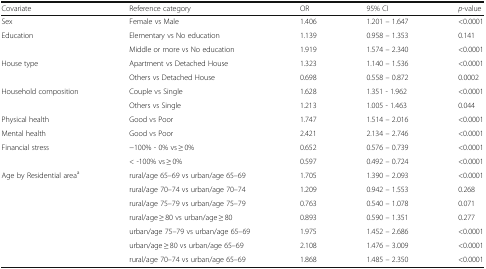
<table><thead><tr><td><b>Covariate</b></td><td><b>Reference category</b></td><td><b>OR</b></td><td><b>95% CI</b></td><td><b><i>p</i>-value</b></td></tr></thead><tbody><tr><td>Sex</td><td>Female vs Male</td><td>1.406</td><td>1.201 – 1.647</td><td>&lt;0.0001</td></tr><tr><td>Education</td><td>Elementary vs No education</td><td>1.139</td><td>0.958 – 1.353</td><td>0.141</td></tr><tr><td>[EMPTY_CELL]</td><td>Middle or more vs No education</td><td>1.919</td><td>1.574 – 2.340</td><td>&lt;0.0001</td></tr><tr><td>House type</td><td>Apartment vs Detached House</td><td>1.323</td><td>1.140 – 1.536</td><td>&lt;0.0001</td></tr><tr><td>[EMPTY_CELL]</td><td>Others vs Detached House</td><td>0.698</td><td>0.558 – 0.872</td><td>0.0002</td></tr><tr><td>Household composition</td><td>Couple vs Single</td><td>1.628</td><td>1.351 - 1.962</td><td>&lt;0.0001</td></tr><tr><td>[EMPTY_CELL]</td><td>Others vs Single</td><td>1.213</td><td>1.005 - 1.463</td><td>0.044</td></tr><tr><td>Physical health</td><td>Good vs Poor</td><td>1.747</td><td>1.514 – 2.016</td><td>&lt;0.0001</td></tr><tr><td>Mental health</td><td>Good vs Poor</td><td>2.421</td><td>2.134 – 2.746</td><td>&lt;0.0001</td></tr><tr><td>Financial stress</td><td>−100% - 0% vs ≥ 0%</td><td>0.652</td><td>0.576 – 0.739</td><td>&lt;0.0001</td></tr><tr><td>[EMPTY_CELL]</td><td>&lt; -100% vs ≥ 0%</td><td>0.597</td><td>0.492 – 0.724</td><td>&lt;0.0001</td></tr><tr><td>Age by Residential area<sup>a</sup></td><td>rural/age 65–69 vs urban/age 65–69</td><td>1.705</td><td>1.390 – 2.093</td><td>&lt;0.0001</td></tr><tr><td>[EMPTY_CELL]</td><td>rural/age 70–74 vs urban/age 70–74</td><td>1.209</td><td>0.942 – 1.553</td><td>0.268</td></tr><tr><td>[EMPTY_CELL]</td><td>rural/age 75–79 vs urban/age 75–79</td><td>0.763</td><td>0.540 – 1.078</td><td>0.071</td></tr><tr><td>[EMPTY_CELL]</td><td>rural/age ≥ 80 vs urban/age ≥ 80</td><td>0.893</td><td>0.590 – 1.351</td><td>0.277</td></tr><tr><td>[EMPTY_CELL]</td><td>urban/age 75–79 vs urban/age 65–69</td><td>1.975</td><td>1.452 – 2.686</td><td>&lt;0.0001</td></tr><tr><td>[EMPTY_CELL]</td><td>urban/age ≥ 80 vs urban/age 65–69</td><td>2.108</td><td>1.476 – 3.009</td><td>&lt;0.0001</td></tr><tr><td>[EMPTY_CELL]</td><td>rural/age 70–74 vs urban/age 65–69</td><td>1.868</td><td>1.485 – 2.350</td><td>&lt;0.0001</td></tr></tbody></table>